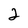
Character: 2